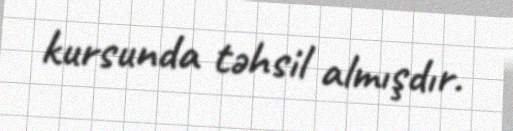
kursunda təhsil almışdır.